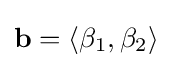
\mathbf {b} =\langle \beta _{1},\beta _{2}\rangle